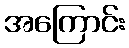
အကြောင်း